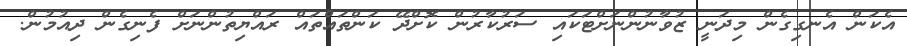
އެކަން އެނގިގެން މިދަނީ ޒުވާނުންނަށްޓަކައި ސަރުކާރުން ކޮށްދޭ ކަންތައްތައް ރައްޔިތުންނަށް ފެނިގެން ދިއުމުން.